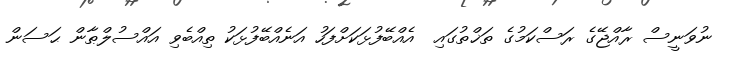
ނުވަނީސް ރާއްޖޭގެ ރަސްކަމުގެ ތަޚްތުގައި  އެއްބޭފުޅަކަށްފަހު އަނެއްބޭފުޅަކު ތިއްބެވި އައްސުލްޠާން ޙަސަން